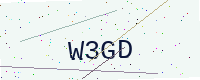
Text: W3GD